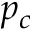
p _ { c }